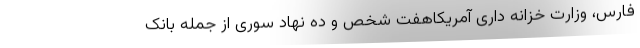
فارس، وزارت خزانه داری آمریکاهفت شخص و دَه نهاد سوری از جمله بانک